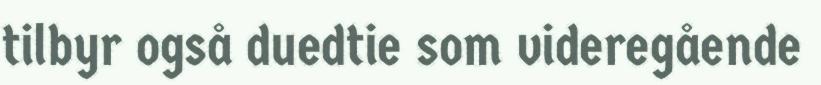
tilbyr også duedtie som videregående